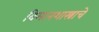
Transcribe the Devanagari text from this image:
विमानशास्त्राचे